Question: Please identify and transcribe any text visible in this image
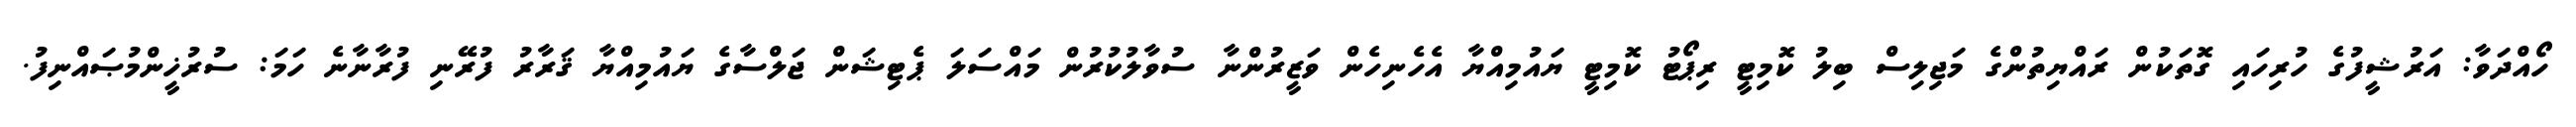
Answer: ހޯއްދަވާ: އަރުޝީފުގެ ހުރިހައި ގޮތަކުން ރައްޔިތުންގެ މަޖިލިސް ބިލު ކޮމިޓީ ރިޕޯޓު ކޮމިޓީ ޔައުމިއްޔާ އެހެނިހެން ވަޒީރުންނާ ސުވާލުކުރުން މައްސަލަ ޕެޓިޝަން ޖަލްސާގެ ޔައުމިއްޔާ ޤަރާރު ފުރޭނި ފުރާނާނެ ހަމަ: ސުރުޚީންމުޞައްނިފު.